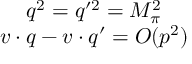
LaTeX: \begin{array} { c } { { q ^ { 2 } = q ^ { \prime 2 } = M _ { \pi } ^ { 2 } } } \\ { { v \cdot q - v \cdot q ^ { \prime } = { \cal O } ( p ^ { 2 } ) } } \end{array}